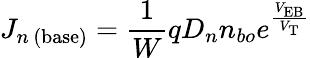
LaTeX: J_{n\, ({\mathrm{base}})}={\frac{1}{W}}qD_{n}n_{bo}e^{\frac{V_{\mathrm{EB}}}{V_{\mathrm{T}}}}